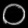
Digit: ၀